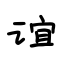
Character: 谊